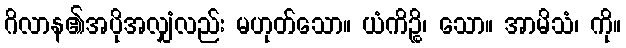
ဂိလာန၏အပိုအလျှံလည်း မဟုတ်သော။ ယံကိဉ္စိ၊ သော။ အာမိသံ၊ ကို။